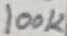
Text: 100K